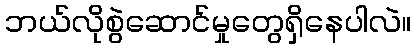
ဘယ်လိုစွဲဆောင်မှုတွေရှိနေပါလဲ။